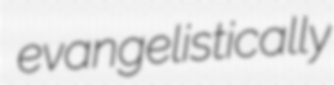
evangelistically